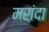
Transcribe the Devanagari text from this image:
मरांदा